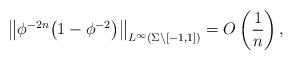
LaTeX: \begin{gather*} \big\Vert \phi^{-2n} \big(1 - \phi^{-2}\big)\big\Vert_{L^\infty(\Sigma\backslash [-1,1])} = O\left(\frac{1}{n}\right),\end{gather*}